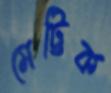
মেট্টিক